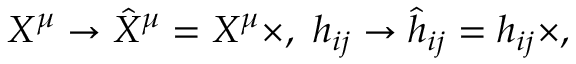
{ } X ^ { \mu } \rightarrow \hat { X } ^ { \mu } = X ^ { \mu } \times , \ h _ { i j } \rightarrow \hat { h } _ { i j } = h _ { i j } \times ,